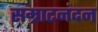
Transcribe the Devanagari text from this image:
सम्राटनंदन